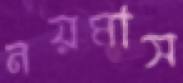
নয়মাস